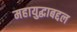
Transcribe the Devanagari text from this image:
महायुद्धाबद्दल